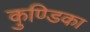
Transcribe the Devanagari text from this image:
कुण्डिका